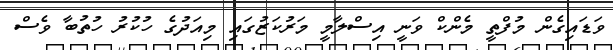
ވަޑައިގެން މުފްތީ މެންކް ވަނީ އިސްލާމީ މަރުކަޒުގައި މިއަދުގެ ހުކުރު ހުތުބާ ވެސް